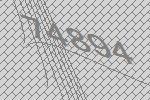
74894